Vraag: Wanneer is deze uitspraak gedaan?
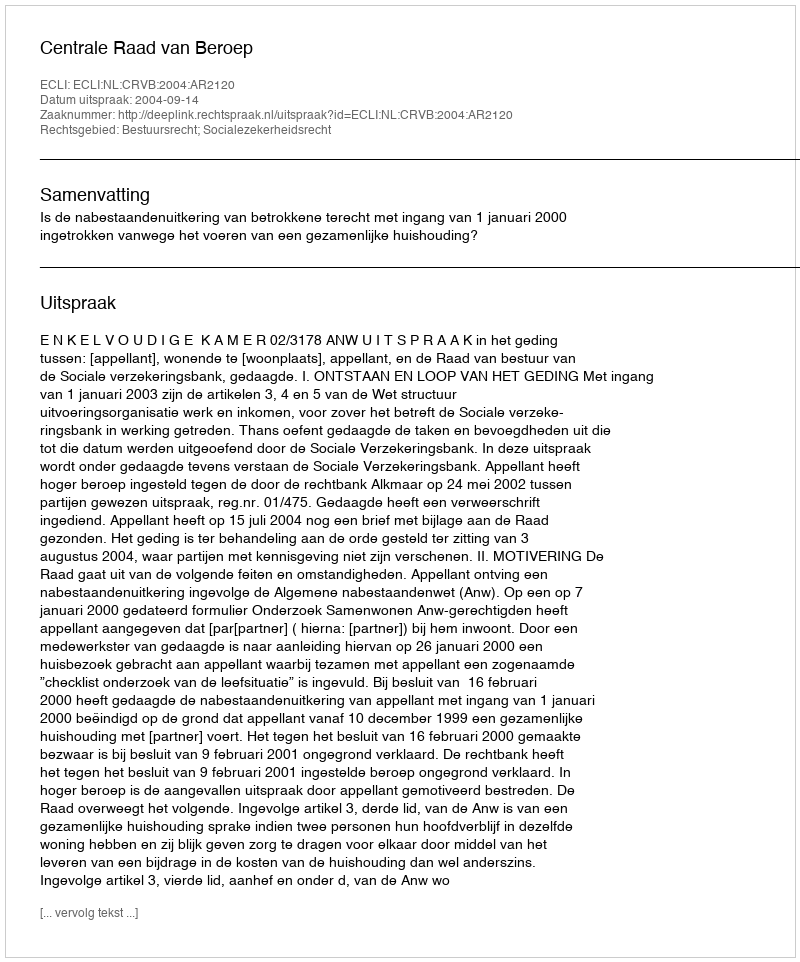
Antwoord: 2004-09-14